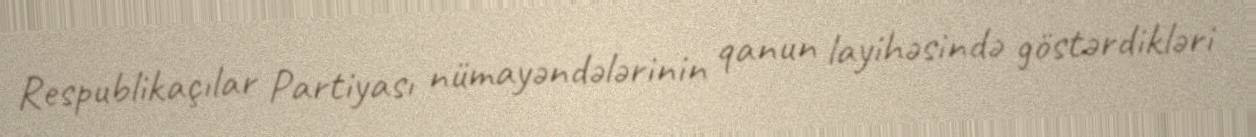
Respublikaçılar Partiyası nümayəndələrinin qanun layihəsində göstərdikləri